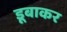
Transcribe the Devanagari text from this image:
डूबाकर